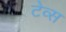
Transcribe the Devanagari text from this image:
टेव्स